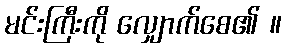
မင်းကြီးကို လျှောက်စေ၏ ။